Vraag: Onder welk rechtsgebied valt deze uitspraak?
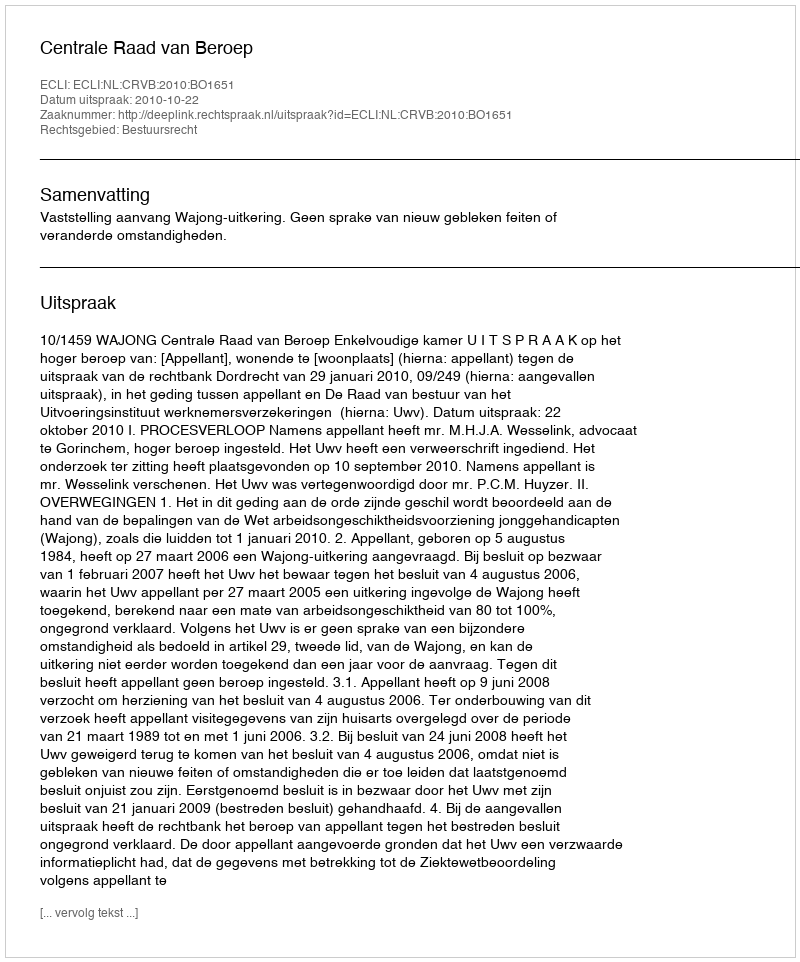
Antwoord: Bestuursrecht